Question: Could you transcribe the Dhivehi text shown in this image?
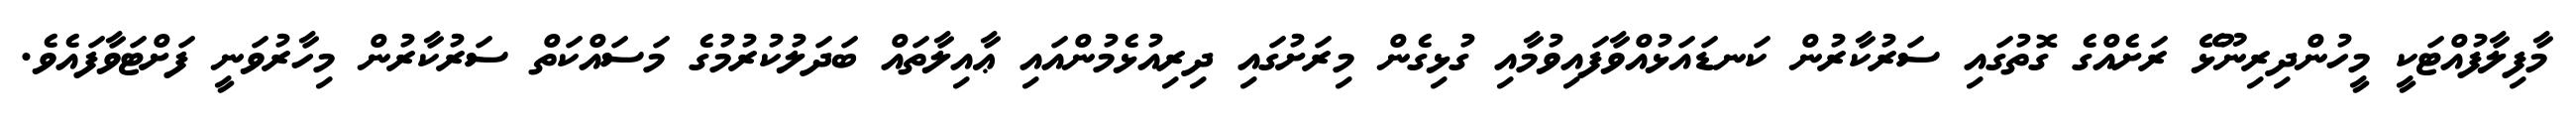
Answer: މާފިލާފުއްޓަކީ މީހުންދިރިނޫޅޭ ރަށެއްގެ ގޮތުގައި ސަރުކާރުން ކަނޑައަޅުއްވާފައިވުމާއި ގުޅިގެން މިރަށުގައި ދިރިއުޅެމުންއައި ޢާއިލާތައް ބަދަލުކުރުމުގެ މަސައްކަތް ސަރުކާރުން މިހާރުވަނީ ފަށްޓަވާފައެވެ.